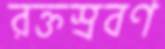
রক্তস্রবণ